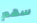
سهم